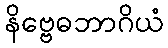
နိဗ္ဗေဓဘာဂိယံ